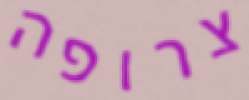
צרופה